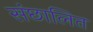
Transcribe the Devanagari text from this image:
संछालित